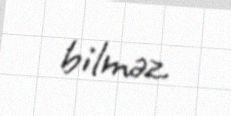
bilməz.